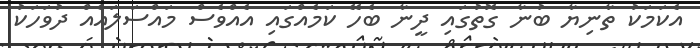
އެކަމަކު ތާނިޔާ ބުނާ ގޮތުގައި ދީނާ ބެހޭ ކަމެއްގައި އެއްވެސް މައްސަލައެއް ދުވަހަކު